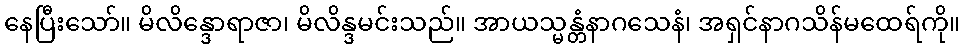
နေပြီးသော်။ မိလိန္ဒောရာဇာ၊ မိလိန္ဒမင်းသည်။ အာယသ္မန္တံနာဂသေနံ၊ အရှင်နာဂသိန်မထေရ်ကို။